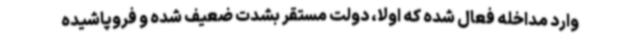
وارد مداخله فعال شده که اولاً، دولت مستقر بشدت ضعیف شده و فروپاشیده